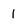
Character: 1